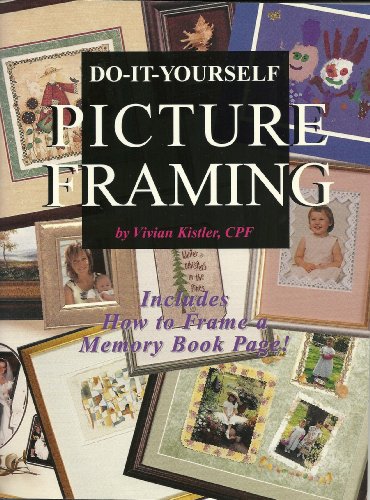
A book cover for Do-it-yourself Picture Framing; Vivian Kistler; Crafts, Hobbies & Home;